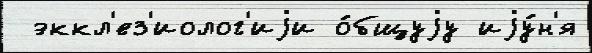
 эккл'ез'иолог'иjи о́бщуjу иjу́н'я